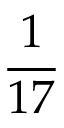
\frac { 1 } { 1 7 }